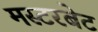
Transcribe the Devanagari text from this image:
मस्टरबेट